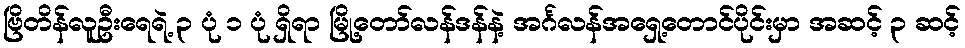
ဗြိတိန်လူဦးရေရဲ့ ၃ ပုံ ၁ ပုံ ရှိရာ မြို့တော်လန်ဒန်နဲ့ အင်္ဂလန်အရှေ့တောင်ပိုင်းမှာ အဆင့် ၃ ဆင့်